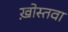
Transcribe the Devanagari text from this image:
ख़ोस्तवा